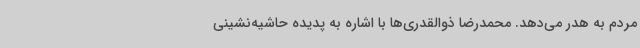
مردم به هدر می‌دهد. محمدرضا ذوالقدری‌ها با اشاره به پدیده حاشیه‌نشینی